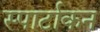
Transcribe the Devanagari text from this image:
स्पार्टाकन